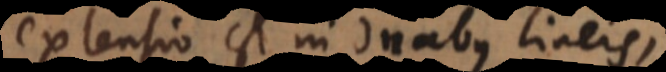
ensio est in duabus lineis,